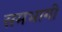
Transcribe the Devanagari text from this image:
समभागी